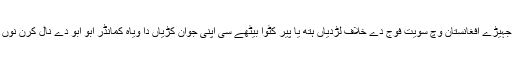
کئی پرانے مجاہد جہیڑے افغانستان وچ سویت فوج دے خلاف لڑدیاں ہتھ یا پیر کٹوا بیٹھے سی اپنی جوان کڑیاں دا ویاہ کمانڈر ابو ابو دے نال کرن نوں تیار ہو گئے سی ۔